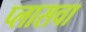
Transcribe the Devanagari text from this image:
प्लासचा